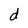
Character: d